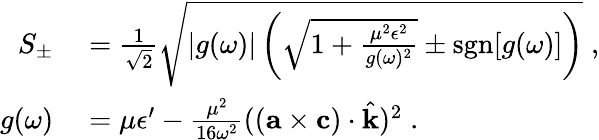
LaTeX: \begin{array}{rl}{S_{\pm}}&{{}=\frac{1}{\sqrt{2}}\sqrt{|g(\omega)|\left(\sqrt{1+\frac{\mu^{2}\epsilon^{2}}{g(\omega)^{2}}}\pm\mathrm{sgn}[g(\omega)]\right)}\; ,}\\ {g(\omega)}&{{}=\mu\epsilon^{\prime}-\frac{\mu^{2}}{16\omega^{2}}(({\mathbf{a}}\times{\mathbf{c}})\cdot\hat{\mathbf{k}})^{2}\; .}\end{array}